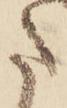
た